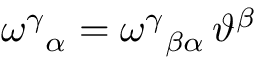
\omega ^ { \gamma } { } _ { \alpha } = \omega ^ { \gamma } { } _ { \beta \alpha } \, \vartheta ^ { \beta }